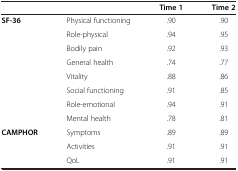
<table><thead><tr><td><b> </b></td><td><b> </b></td><td><b>Time 1</b></td><td><b>Time 2</b></td></tr></thead><tbody><tr><td><b>SF-36</b></td><td>Physical functioning</td><td>.90</td><td>.90</td></tr><tr><td> </td><td>Role-physical</td><td>.94</td><td>.95</td></tr><tr><td> </td><td>Bodily pain</td><td>.92</td><td>.93</td></tr><tr><td> </td><td>General health</td><td>.74</td><td>.77</td></tr><tr><td> </td><td>Vitality</td><td>.88</td><td>.86</td></tr><tr><td> </td><td>Social functioning</td><td>.91</td><td>.85</td></tr><tr><td> </td><td>Role-emotional</td><td>.94</td><td>.91</td></tr><tr><td> </td><td>Mental health</td><td>.78</td><td>.81</td></tr><tr><td><b>CAMPHOR</b></td><td>Symptoms</td><td>.89</td><td>.89</td></tr><tr><td> </td><td>Activities</td><td>.91</td><td>.91</td></tr><tr><td> </td><td>QoL</td><td>.91</td><td>.91</td></tr></tbody></table>